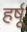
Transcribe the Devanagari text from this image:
हर्षू